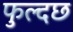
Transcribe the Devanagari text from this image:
फुल्दछ